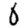
Digit: 0